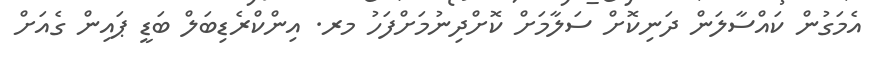
އެމަގުން ކައްސާލަން ދަނިކޮށް ސަލާމަށް ކޮށްދިނުމަށްފަހު މރ. އިންކްރެޑިބަލް ބަޑީ ޕައިން ގެއަށް